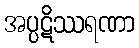
အပ္ပဋိဿရဏာ